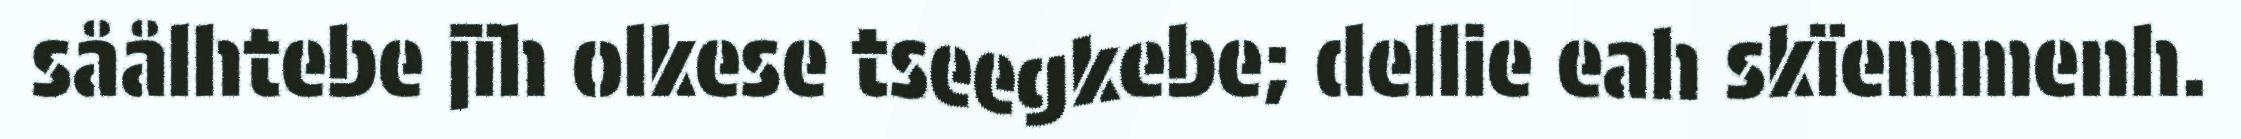
såålhtebe jïh olkese tseegkebe; dellie eah skïemmenh.